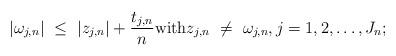
LaTeX: \begin{align*}|\omega_{j,n}| ~\leq~ |z_{j,n}| + \frac{t_{j,n}}{n}\mbox{with}z_{j,n} ~\neq~\omega_{j,n},j = 1, 2, \ldots, J_n ;\end{align*}